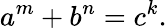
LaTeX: a^{m}+b^{n}=c^{k}.